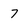
Character: 7